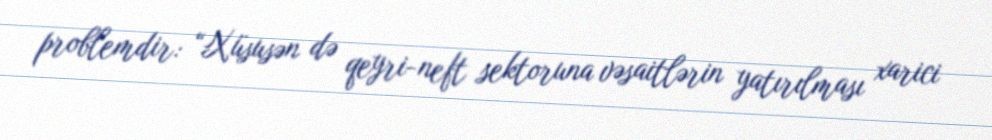
problemdir: “Xüsusən də qeyri-neft sektoruna vəsaitlərin yatırılması xarici